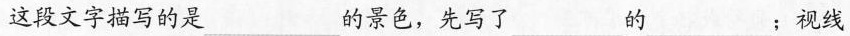
这段文字描写的是\underline的景色，先写了\underline的 \underline；视线